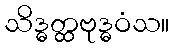
သိဒ္ဓတ္ထဗုဒ္ဓဝံသ။